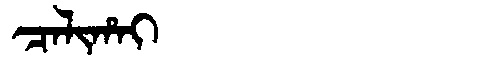
Manchu: ᠴᠠᠯᡳᡥᠠᡳ
Romanization: CALIHAI